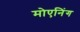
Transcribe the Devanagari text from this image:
मोएनिंग